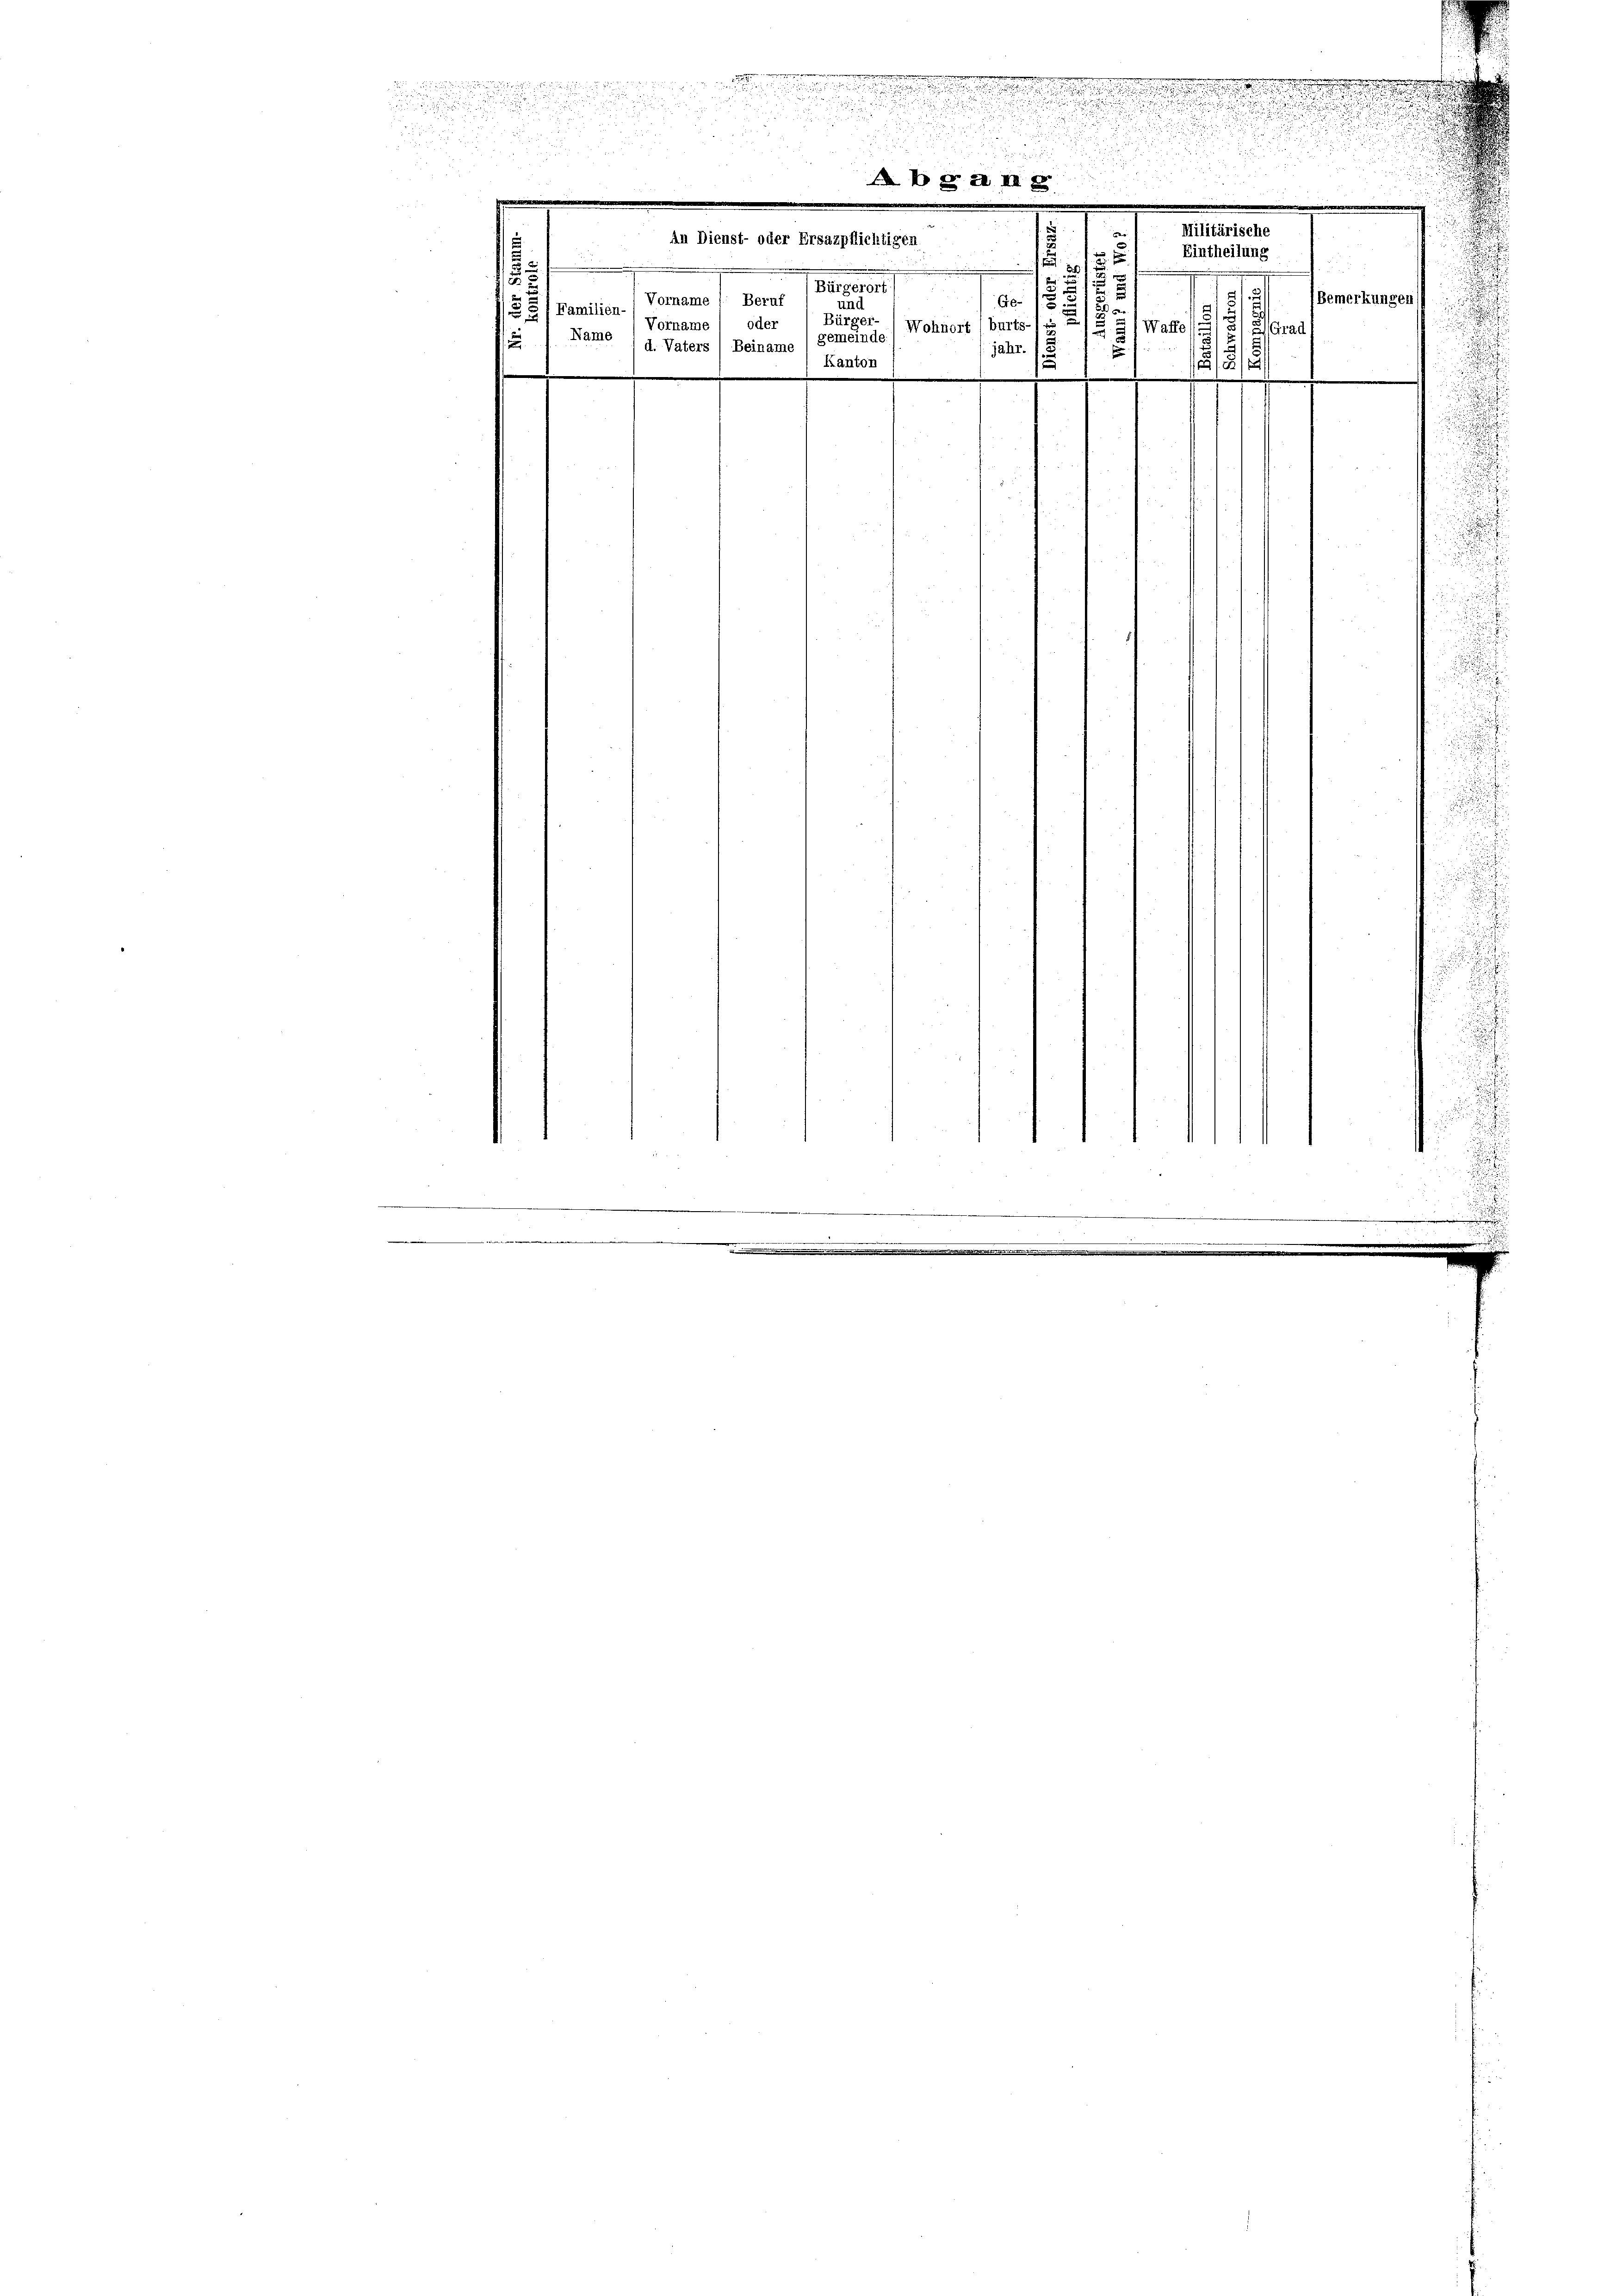
u
.

g

.

.

in Dienst- oder Ersazpflichtigen

.
8a II 2

Kanton

Eintheilung

1
2
3

.
Bemerkungen
Ao 18

Wohnort (burts- un
Waffe
 real
jahr.
1
i

0
Vorname / Beruf
und
5) Familien-
Bürger.
oder
Vorname
Name
gemeinde
d. Vaters) Beiname

0
Militärische

.